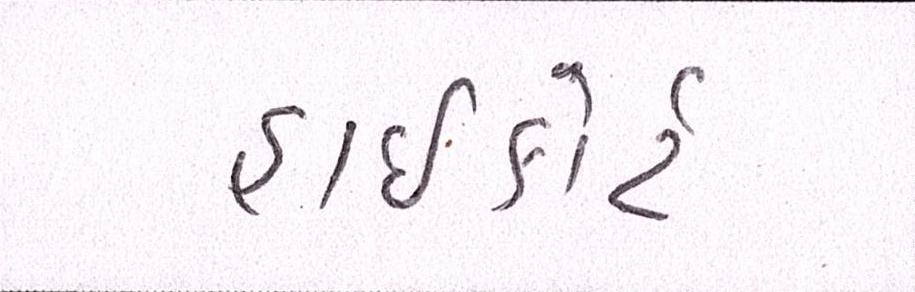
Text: હાઈકોર્ટ